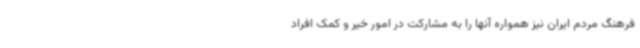
فرهنگ مردم ایران نیز همواره آنها را به مشارکت در امور خیر و کمک افراد